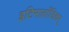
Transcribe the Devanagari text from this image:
इटिमालाँजिकम्